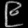
Digit: ၉